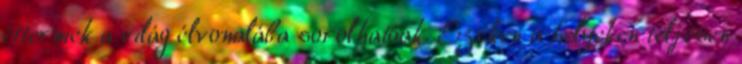
éttermek a világ élvonalába sorolhatóak. Ezeken a helyeken teljesen